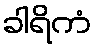
ခါရိကံ